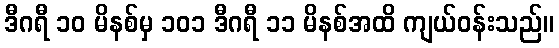
ဒီဂရီ ၁၀ မိနစ်မှ ၁၀၁ ဒီဂရီ ၁၁ မိနစ်အထိ ကျယ်ဝန်းသည်။